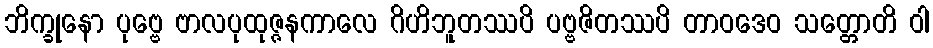
ဘိက္ခုနော ပုဗ္ဗေ ဗာလပုထုဇ္ဇနကာလေ ဂိဟိဘူတဿပိ ပဗ္ဗဇိတဿပိ တာဝဒေဝ သတ္တောတိ ဝါ